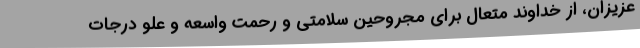
عزیزان، از خداوند متعال برای مجروحین سلامتی و رحمت واسعه و علو درجات